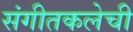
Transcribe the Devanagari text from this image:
संगीतकलेची